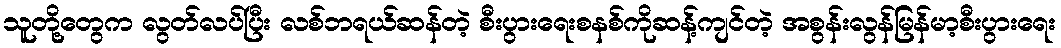
သူတို့တွေက လွတ်လပ်ပြီး လစ်ဘရယ်ဆန်တဲ့ စီးပွားရေးစနစ်ကိုဆန့်ကျင်တဲ့ အစွန်းလွန်မြန်မာ့စီးပွားရေး